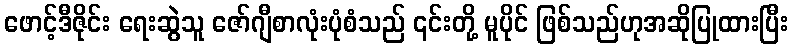
ဖောင့်ဒီဇိုင်း ရေးဆွဲသူ ဇော်ဂျီစာလုံးပုံစံသည် ၎င်းတို့ မူပိုင် ဖြစ်သည်ဟုအဆိုပြုထားပြီး